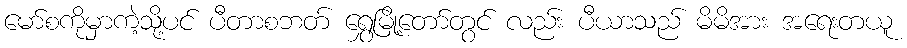
မော်စကိုမှာကဲ့သို့ပင် ပီတာစဘတ် ရွှေမြို့တော်တွင် လည်း ပီယာသည် မိမိအား အရေးတယူ